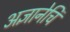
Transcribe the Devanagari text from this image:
अज्ञानेचि